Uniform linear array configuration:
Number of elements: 24
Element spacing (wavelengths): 1
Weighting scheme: cosine
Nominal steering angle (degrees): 60
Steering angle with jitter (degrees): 60.097
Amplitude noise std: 0.05
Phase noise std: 0.05

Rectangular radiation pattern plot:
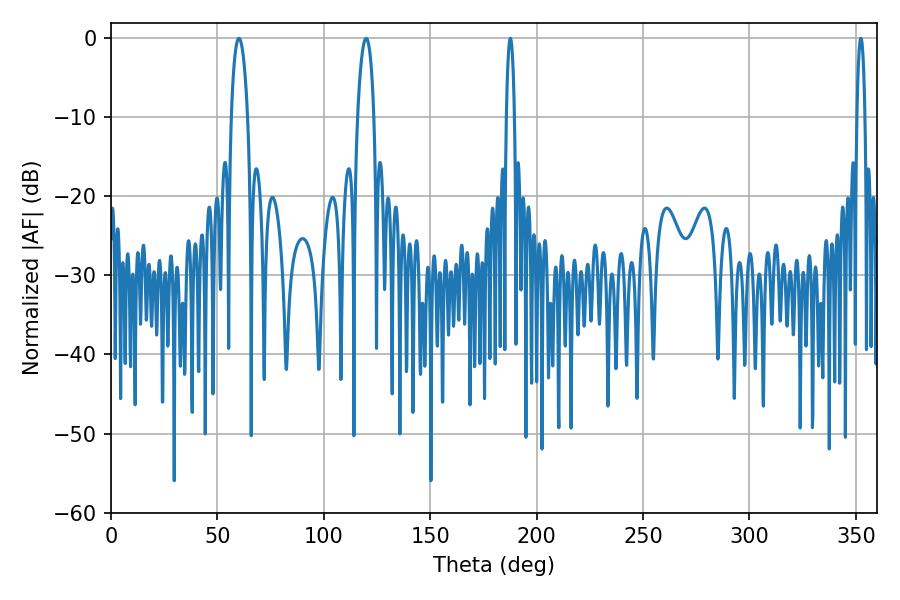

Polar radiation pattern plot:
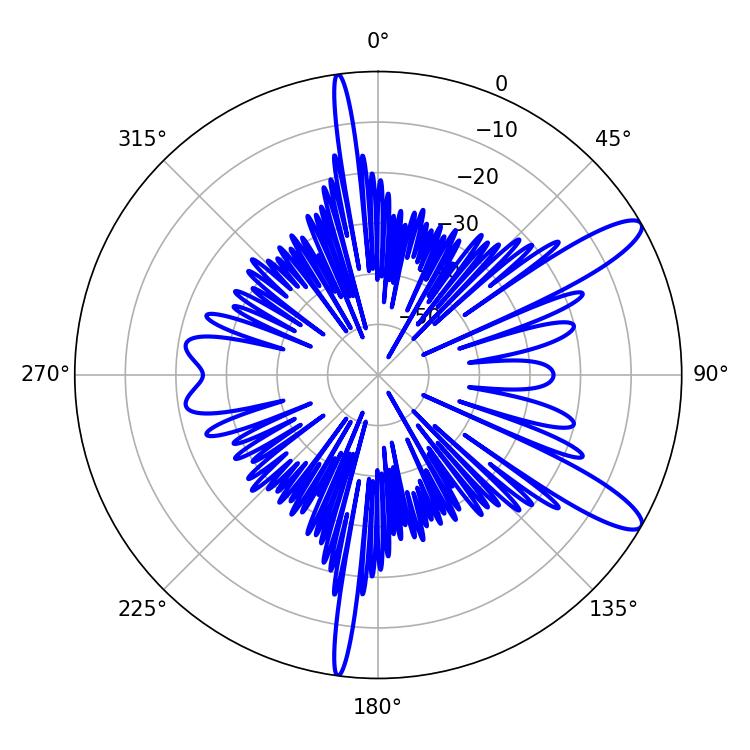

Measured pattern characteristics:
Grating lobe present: TRUE
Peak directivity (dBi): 11.8
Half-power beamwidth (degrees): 4.32
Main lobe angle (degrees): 60.12